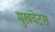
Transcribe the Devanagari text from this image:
मुखवेट्स